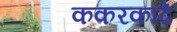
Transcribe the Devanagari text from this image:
ककरकाढे